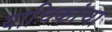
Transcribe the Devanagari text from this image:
याचिकांचा